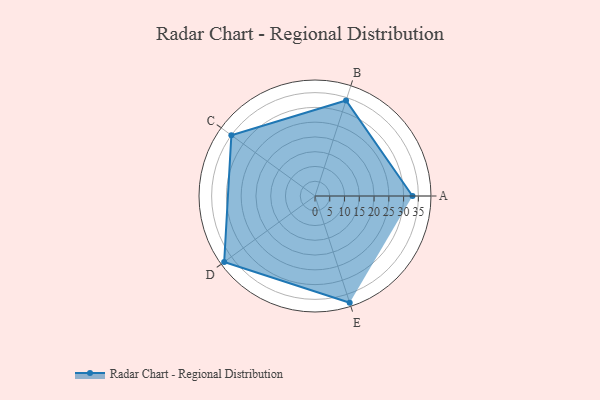
{"axis": {"x": "Skill", "y": "Score"}, "legend": ["Profile"], "data": [{"x": "A", "y": 33.0, "type": "Profile"}, {"x": "B", "y": 34.0, "type": "Profile"}, {"x": "C", "y": 35.0, "type": "Profile"}, {"x": "D", "y": 38.0, "type": "Profile"}, {"x": "E", "y": 38.0, "type": "Profile"}]}